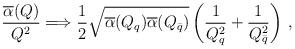
LaTeX: \begin{align*}{\overline\alpha(Q) \over Q ^2} \Longrightarrow {1\over 2} \sqrt{\overline\alpha(Q_{q}) \overline\alpha(Q_{\bar q}) } \left({1\over Q_{q}^2} + {1\over Q_{\bar q}^2} \right)\,,\end{align*}